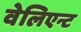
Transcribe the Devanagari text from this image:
वेलिएन्ट